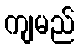
ကျမည်